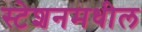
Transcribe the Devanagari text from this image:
स्टेशनमधील